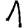
Digit: 1